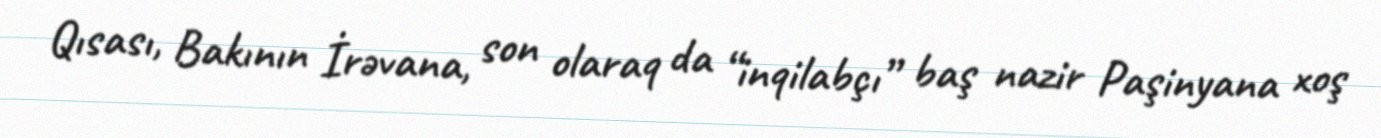
Qısası, Bakının İrəvana, son olaraq da “inqilabçı” baş nazir Paşinyana xoş